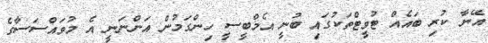
އޭނާ ކުރި ބައެއް ޓުވީޓްތަކުގައި ބުނީ އެމްބީސީ ހިންގަމުން އަންނަނީ އެ މުވައްސަސާގެ